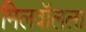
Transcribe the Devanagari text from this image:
मिलवॉलला